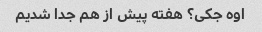
اوه جکی؟ هفته پیش از هم جدا شدیم